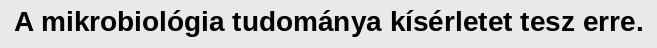
A mikrobiológia tudománya kísérletet tesz erre.